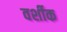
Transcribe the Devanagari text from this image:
वर्शीक